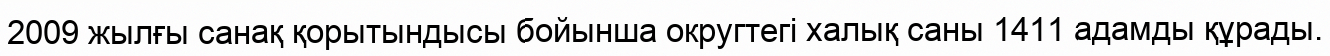
2009 жылғы санақ қорытындысы бойынша округтегі халық саны 1411 адамды құрады.